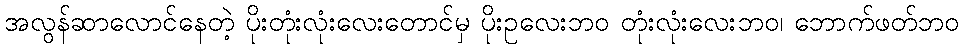
အလွန်ဆာလောင်နေတဲ့ ပိုးတုံးလုံးလေးတောင်မှ ပိုးဥလေးဘဝ တုံးလုံးလေးဘဝ၊ ဘောက်ဖတ်ဘဝ